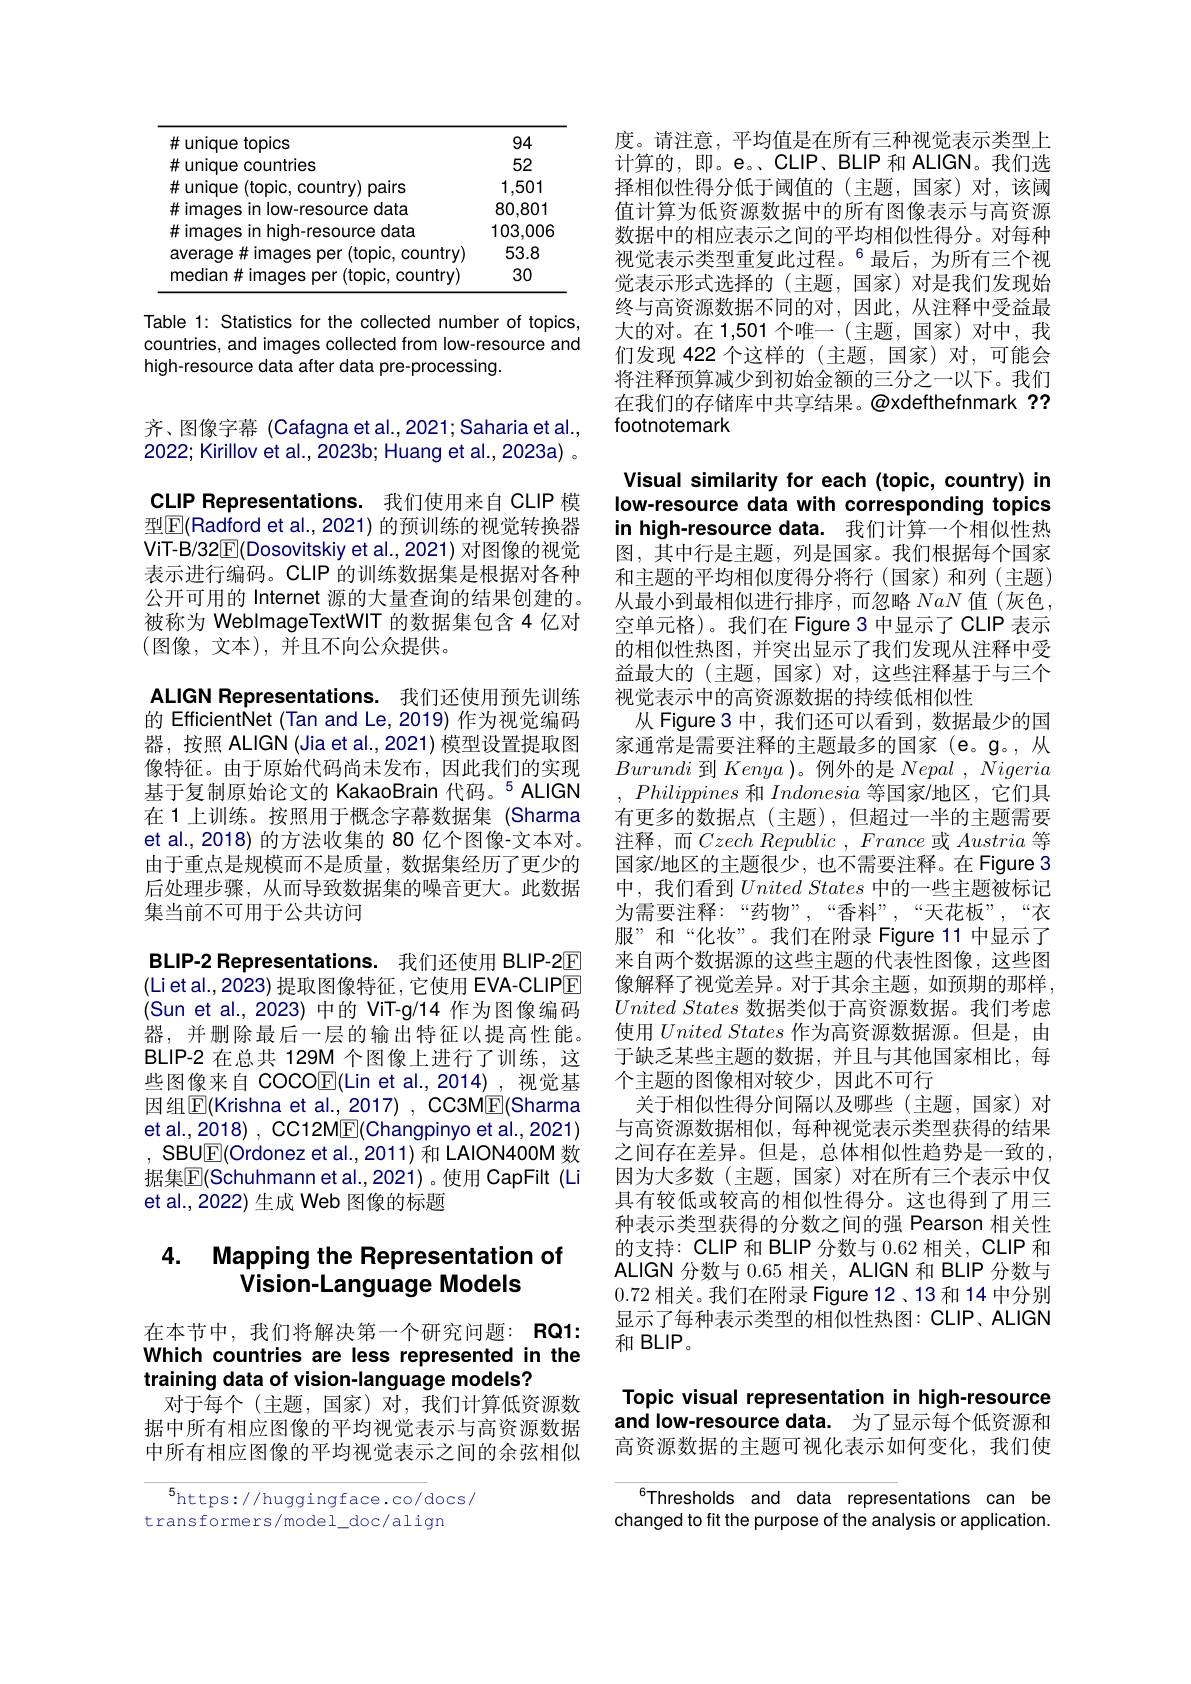
<table>
	<tbody>
		<tr>
			<td>#unique topics</td>
			<td>94</td>
		</tr>
		<tr>
			<td># unique countries</td>
			<td>52</td>
		</tr>
		<tr>
			<td>$\#$unique(topic, , country) pairs</td>
			<td>1,501</td>
		</tr>
		<tr>
			<td># imaqes in low-resource data</td>
			<td>80,801</td>
		</tr>
		<tr>
			<td># imaqes in hiqh-resource data</td>
			<td>103,006</td>
		</tr>
		<tr>
			<td>average# images per (topic, country)</td>
			<td>53.8</td>
		</tr>
		<tr>
			<td>median# images per (topic, country)</td>
			<td>30</td>
		</tr>
	</tbody>
</table>

Table 1: Statistics for the collected number of topics, countries, and images collected from low-resource and high-resource data after data pre-processing.

CLIP Representations. 我们使用来自 CLIP 模型$\boxed{\mathrm{F}}($Radford et al., 2021) 的预训练的视觉转换器ViT-B/32$\underline{\mathrm{E}}($Dosovitskiy et al., 2021) 对图像的视觉表示进行编码。CLIP 的训练数据集是根据对各种公开可用的 Internet 源的大量查询的结果创建的。被称为 WeblmageTextWIT 的数据集包含 4 亿对(图像，文本),并且不向公众提供。

齐、图像字幕 (Cafagna et al.,2021; Saharia et al., 2022; Kirillov et al., 2023b; Huang et al., 2023a) 。ALIGN Representations. 我们还使用预先训练的 EfficientNet (Tan and Le, 2019) 作为视觉编码器，按照 ALIGN (Jia et al., 2021) 模型设置提取图像特征。由于原始代码尚未发布，因此我们的实现基于复制原始论文的 KakaoBrain 代码。$^{5}$ALIGN 在1上训练。按照用于概念字幕数据集(Sharma et al.,2018) 的方法收集的 80 亿个图像-文本对。由于重点是规模而不是质量，数据集经历了更少的后处理步骤，从而导致数据集的噪音更大。此数据集当前不可用于公共访问
BLIP-2 Representations. 我们还使用 BLIP-2E (Li et al., 2023) 提取图像特征，它使用 EVA-CLIPE (Sun et al.,2023)中的 ViT-g/14 作为图像编码器，并删除最后一层的输出特征以提高性能。BLIP-2 在总共 129M 个图像上进行了训练，这些图像来自 COCO$\underline{\mathbb{E}}($Lin et al.,2014),视觉基因组$\boxed{\mathrm{F}}($Krishna et al., 2017) , CC3M$\boxed{\mathrm{E}}($Sharma et al., 2018) , CC12M$\underline{\mathrm{E}}($Changpinyo et al., 2021) , ${\mathsf{SBUE}}($Ordonez et al., 2011) 和 LAION400M 数据集$\overline{\mathbb{F}}($Schuhmann et al.,2021)。使用 CapFilt (Li et al.,2022) 生成 Web 图像的标题

### 4. Mappinq the Representation of Vision-Language Models

在本节中，我们将解决第一个研究问题：RQ1: Which countries are less represented in the training data of vision-language models?
对于每个(主题，国家)对，我们计算低资源数据中所有相应图像的平均视觉表示与高资源数据中所有相应图像的平均视觉表示之间的余弦相似

$^5$https://huggingface.co/docs/
transformers/model_doc/align

度。请注意，平均值是在所有三种视觉表示类型上计算的，即。e。、CLIP、BLIP 和 ALIGN。我们选择相似性得分低于阈值的(主题，国家)对，该阈值计算为低资源数据中的所有图像表示与高资源数据中的相应表示之间的平均相似性得分。对每种视觉表示类型重复此过程。$^{6}$最后，为所有三个视觉表示形式选择的(主题，国家)对是我们发现始终与高资源数据不同的对，因此，从注释中受益最大的对。在 1,501 个唯一(主题，国家)对中，我们发现 422 个这样的(主题，国家)对，可能会将注释预算减少到初始金额的三分之一以下。我们在我们的存储库中共享结果。$\textcircled{a}xdefthefnmark ??$ footnotemark

Visual similarity for each (topic, country) in low-resource data with corresponding topics in high-resource data. 我们计算一个相似性热

图，其中行是主题，列是国家。我们根据每个国家和主题的平均相似度得分将行(国家)和列(主题) 从最小到最相似进行排序，而忽略NaN值(灰色， 空单元格)。我们在 Figure 3 中显示了 CLIP 表示的相似性热图，并突出显示了我们发现从注释中受益最大的(主题，国家)对，这些注释基于与三个视觉表示中的高资源数据的持续低相似性
从 Figure 3 中，我们还可以看到，数据最少的国家通常是需要注释的主题最多的国家(e。g。,从Burundi到Kenya )。例外的是Nepal , $\tilde{N} igeria$
Philippines 和 Indonesia 等国家$l$地区，它们具有更多的数据点(主题),但超过一半的主题需要注释，而$Czech\textit{Republic , France 或 Austria 等 }$ 国家/地区的主题很少，也不需要注释。在 Figure 3中，我们看到$United\textit{States 中 的 一 些 主 题 被 标 记 }$ 为需要注释：“药物”,“香料”,“天花板”,“衣服”,和“化妆”。我们在附录 Figure 11 中显示了来自两个数据源的这些主题的代表性图像，这些图像解释了视觉差异。对于其余主题，如预期的那样， $United\textit{ States 数 据 类 似 于 高 资 源 数 据 。我 们 考 虑 }$ 使用$United\textit{States 作 为 高 资 源 数 据 源 。但 是 , 由 }$ 于缺乏某些主题的数据，并且与其他国家相比，每个主题的图像相对较少，因此不可行
关于相似性得分间隔以及哪些(主题，国家)对与高资源数据相似，每种视觉表示类型获得的结果之间存在差异。但是，总体相似性趋势是一致的， 因为大多数(主题，国家)对在所有三个表示中仅具有较低或较高的相似性得分。这也得到了用三种表示类型获得的分数之间的强 Pearson 相关性的支持：CLIP 和 BLIP 分数与 0.62 相关，CLIP 和ALIGN 分数与 0.65 相关，ALIGN 和 BLIP 分数与0.72相关。我们在附录 Figure 12、13 和 14 中分别显示了每种表示类型的相似性热图：CLIP、ALIGN 和 BLIP。

Topic visual representation in high-resource and low-resource data. 为了显示每个低资源和高资源数据的主题可视化表示如何变化，我们使

Thresholds and data representations can be changed to fit the purpose of the analysis or application.